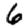
Digit: 6